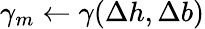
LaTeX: \gamma_{m}\gets\gamma(\Delta h,\Delta b)